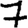
Digit: 7